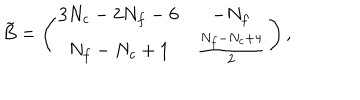
\tilde { B } = \left( \begin{matrix} { { 3 N _ { c } - 2 N _ { f } - 6 } } & { { - N _ { f } } } \\ { { N _ { f } - N _ { c } + 1 } } & { { { \frac { N _ { f } - N _ { c } + 4 } { 2 } } } } \\ \end{matrix} \right) ,